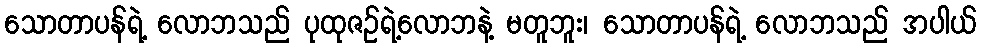
သောတာပန်ရဲ့ လောဘသည် ပုထုဇဉ်ရဲ့လောဘနဲ့ မတူဘူး၊ သောတာပန်ရဲ့ လောဘသည် အပါယ်